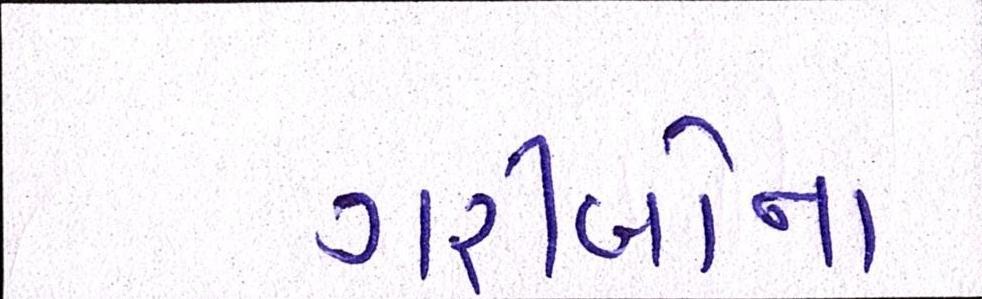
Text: ગરીબોના